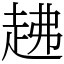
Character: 䞞